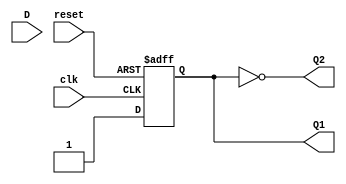
module Dflipflop (clk, reset, D, Q1, Q2);
  input clk;
  input reset;  
  input D;
  output Q1;     
  output Q2;     

  reg Q1;        // Registrador Q1

  assign Q2 = ~Q1;  // Atribuio complementar de Q1 para Q2

  always @(posedge clk or posedge reset)
  begin
    case(reset)    // Caso o sinal de reset
      1'b0 : Q1 = 1;     // Reset ativo: Q1  atribudo como 1
      1'b1 : Q1 = 0;     // Reset inativo: Q1  atribudo como 0
      default : Q1 = 0;  // Valor padro para outros casos
    endcase
  end
endmodule